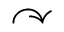
\curvearrowright